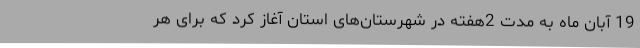
19 آبان ماه به مدت 2هفته در شهرستان‌های استان آغاز کرد که برای هر